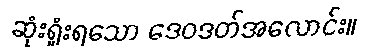
ဆုံးရှုံးရသော ဒေဝဒတ်အလောင်း။